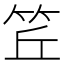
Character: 𥬨